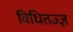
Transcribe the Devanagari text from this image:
विधितज्‍ज्ञ